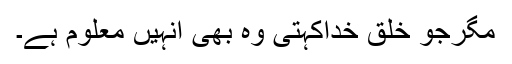
مگرجو خلقِ خداکہتی وہ بھی انہیں معلوم ہے۔